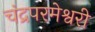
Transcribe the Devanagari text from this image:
चंद्रपरमेश्वरी